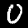
Digit: 0